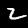
Label: 2